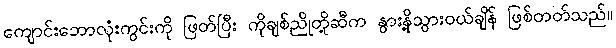
ကျောင်းဘောလုံးကွင်းကို ဖြတ်ပြီး ကိုချစ်ညိုတို့ဆီက နွားနို့သွားဝယ်ချိန် ဖြစ်တတ်သည်။